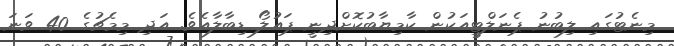
މިނެޓުގައި ލިބުނު ޕެނަލްޓީއަކުން ކާމިޔާބުކޮށްދިނީ ޕައުލޯ ޑިބާލާއެވެ. އަދި މިމެޗުގެ 40 ވަނަ